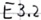
Text: E3.2